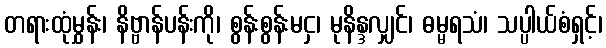
တရားထုံမွှန်း၊ နိဗ္ဗာန်ပန်းကို၊ စွန်းစွန်းမငှ၊ မုနိန္ဒလျှင်၊ ဓမ္မရသံ၊ သပ္ပါယ်စံရှင့်၊